Report on malaria in the Punjab during the year ...  together with an account of the work of the Punjab Malaria Bureau - Volume 3
Disease focus: Malaria
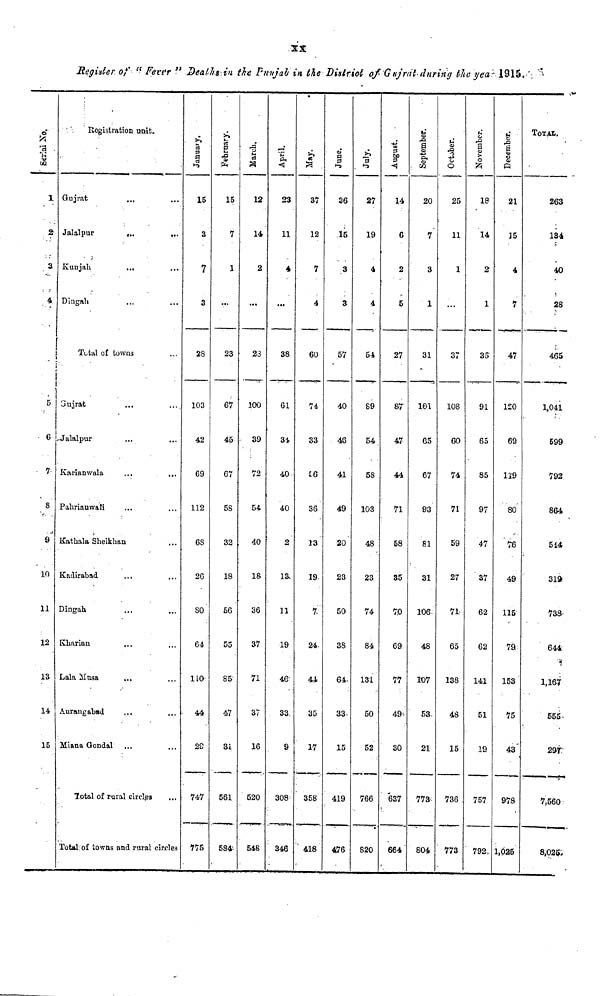
XX
Register of " Fever " Deals in the Punjab in the District of Gujrat during the year 1915.
Serial No.
1
2-
3
4
5
6
7
8
9
10
11
12
13
14
15
Registration unit.
Gujrat ... ...
Jalalpur
...
...
Kunjah
... ...
Dingah ... ...
Total of towns
Gujrat
... ...
Jalalpur ... ...
Karianwala
...
...
Pahrianwala ... ...
Kathala Sheikhan ...
Kadirabad ... ...
Dingah ... ...
Kharian ... ...
Lala
Musa
... ...
Aurangabad ... ...
Miana Gondal ... ...
Total of rural circles ...
Total of towns and rural circles
January.
15
3
7
3
28
103
42
69
112
6S
26
80
64
110
44
29
747
775
February.
15
7
1
...
23
67
45
67
58
32
18
56
55
85
47
31
561
584
March.
12
14
2
...
23
100
39
72
54
40
18
36
37
71
37
16
520
548
April.
23
11
4
...
38
61
34
40
40
2
13
11
19
46
33
9
308
346
May.
37
12
7
4
60
74
33
56
36
13
19
7
24
44
35
17
358
418
June.
36
15
3
3
57
40
46
41
49
20
23
50
38
64
33
15
419
476
July.
27
19
4
4
54
89
54
58
103
48
23
74
84
131
50
52
766
820
August.
14
6
2
5
27
87
47
44
71
58
35
70
69
77
49
30
637
664
September.
20
7
3
1
31
101
65
67
93
81
31
106
48
107
53
21
773
804
October.
25
11
1
...
37
108
60
74
71
59
27
71
65
138
48
15
736
773
November.
18
14
2
1
35
91
65
85
97
47
37
62
62
141
51
19
757
792
December.
21
15
4
7
47
120
69
119
80
76
49
115
79
153
75
43
978
1,025
TOTAL.
263
134
40
28
465
1,041
599
792
864
319
738
644
1,167
555
297
7,560
8,025